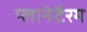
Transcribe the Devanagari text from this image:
प्लानेटैरम